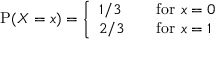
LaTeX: \operatorname { P } ( X = x ) = { \left\{ \begin{array} { l l } { 1 / 3 } & { \quad { \mathrm { f o r ~ } } x = 0 } \\ { 2 / 3 } & { \quad { \mathrm { f o r ~ } } x = 1 } \end{array} \right. }